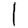
Digit: 1